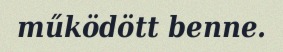
működött benne.